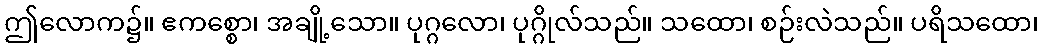
ဤလောက၌။ ဧကစ္စော၊ အချို့သော။ ပုဂ္ဂလော၊ ပုဂ္ဂိုလ်သည်။ သထော၊ စဉ်းလဲသည်။ ပရိသထော၊